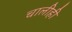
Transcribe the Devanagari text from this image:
चालीही